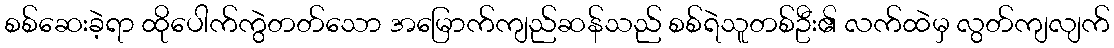
စစ်ဆေးခဲ့ရာ ထိုပေါက်ကွဲတတ်သော အမြောက်ကျည်ဆန်သည် စစ်ရဲသူတစ်ဦး၏ လက်ထဲမှ လွတ်ကျလျက်